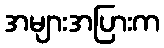
အများအပြားက